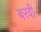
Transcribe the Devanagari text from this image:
बरवी